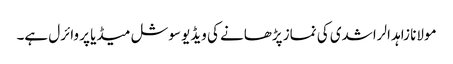
مولانا زاہد الراشدی کی نماز پڑھانے کی ویڈیو سوشل میڈیا پر وائرل ہے۔